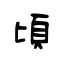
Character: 頃